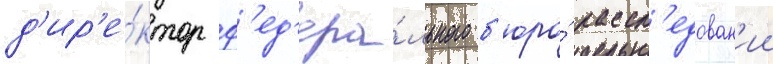
д'ир'е́ктор ф'ед'ера́льного б'юро́ рассл'едован'ии